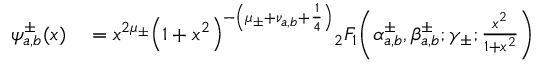
\begin{array} { r l } { \psi _ { a , b } ^ { \pm } ( x ) } & { { } = x ^ { 2 \mu _ { \pm } } { \left( 1 + x ^ { 2 } \right) } ^ { - \left( \mu _ { \pm } + \nu _ { a , b } + \frac { 1 } { 4 } \right) } { } _ { 2 } F _ { 1 } \! \left( \alpha _ { a , b } ^ { \pm } , \beta _ { a , b } ^ { \pm } ; \gamma _ { \pm } ; \frac { x ^ { 2 } } { 1 + x ^ { 2 } } \right) } \end{array}